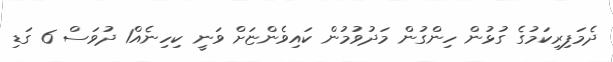
ދެމަފިރިކަމުގެ ގުޅުން ހިންގުން މަދުވުމުން ކައިވެންޏަށް ވަނީ ކިހިނެއް1 ދުވަސް 6 ގަޑި